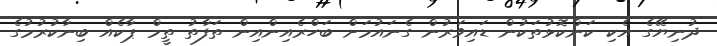
ދުނިޔޭގެ އެކި ކަންކޮޅުތަކުން ޑައިވަރުން ގެނައުމަށް ބަހްރެއިންއިން ތަފާތު ތީމް ޕާކެއް ބިނާކުރުމުގެ